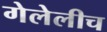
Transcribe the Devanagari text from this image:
गेलेलीच